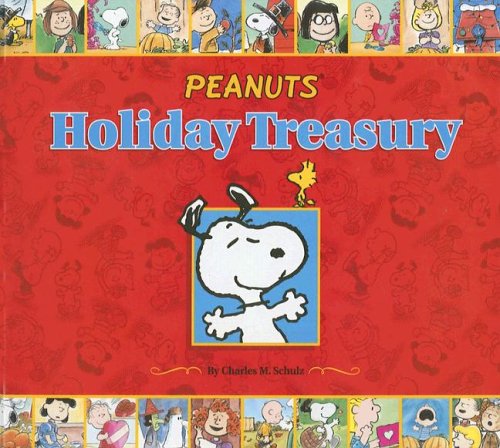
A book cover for Peanuts Holiday Treasury; Charles M. Schulz; Children's Books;